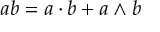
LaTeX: a b = a \cdot b + a \wedge b